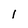
Character: 1